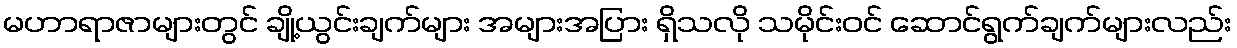
မဟာရာဇာများတွင် ချို့ယွင်းချက်များ အများအပြား ရှိသလို သမိုင်းဝင် ဆောင်ရွက်ချက်များလည်း